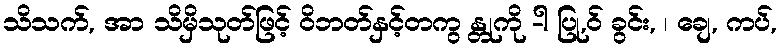
သိသက်, အာ သိမှိသုတ်ဖြင့် ဝိဘတ်နှင့်တကွ န္တုကို -ါ ပြု,ဝ် ခွင်း, ၊ ချေ, ကပ်,